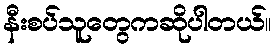
နီးစပ်သူတွေကဆိုပါတယ်။